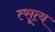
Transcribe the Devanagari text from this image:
त्सूत्य